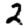
Digit: 2